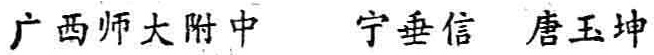
广西师大附中 宁垂信 唐玉坤